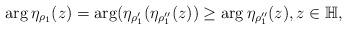
LaTeX: \begin{align*}\arg\eta_{\rho_{1}}(z)=\arg(\eta_{\rho_{1}'}(\eta_{\rho_{1}''}(z))\ge\arg\eta_{\rho_{1}''}(z),z\in\mathbb{H},\end{align*}